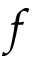
f